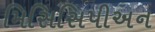
મિસિસિપીઅન